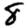
Digit: 8